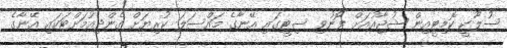
ސުލޫކީ ކޮމިޓީއިން ޝުޖާއުއަށް ފޮނުވި ސިޓީގައި އޭނާގެ މައްސަލަ ކުރިޔަށް ގެންދިއުމަށްޓަކައި އޭނާގެ